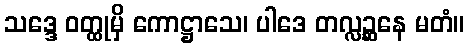
သဒ္ဒေ ဝတ္ထုမှိ ကောဋ္ဌာသေ၊ ပါဒေ တလ္လဉ္ဆနေ မတံ။